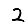
Digit: 2